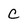
Character: c